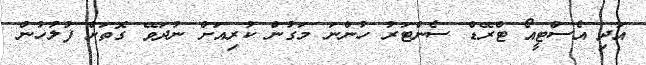
އަދި އެސްޓީއޯ ޓްރޭޑް ސެންޓަރު ހުންނަ މަގުން ކުރިއަށް ނުދަވޭ ގޮތަށް ފުލުހުން